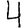
Digit: 4